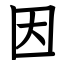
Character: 因